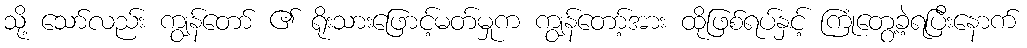
သို့ သော်လည်း ကျွန်တော် ၏ ရိုးသားဖြောင့်မတ်မှုက ကျွန်တော့်အား ထိုဖြစ်ရပ်နှင့် ကြုံတွေ့ခဲ့ရပြီးနောက်